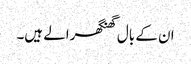
ان کے بال گھنگھرالے ہیں۔